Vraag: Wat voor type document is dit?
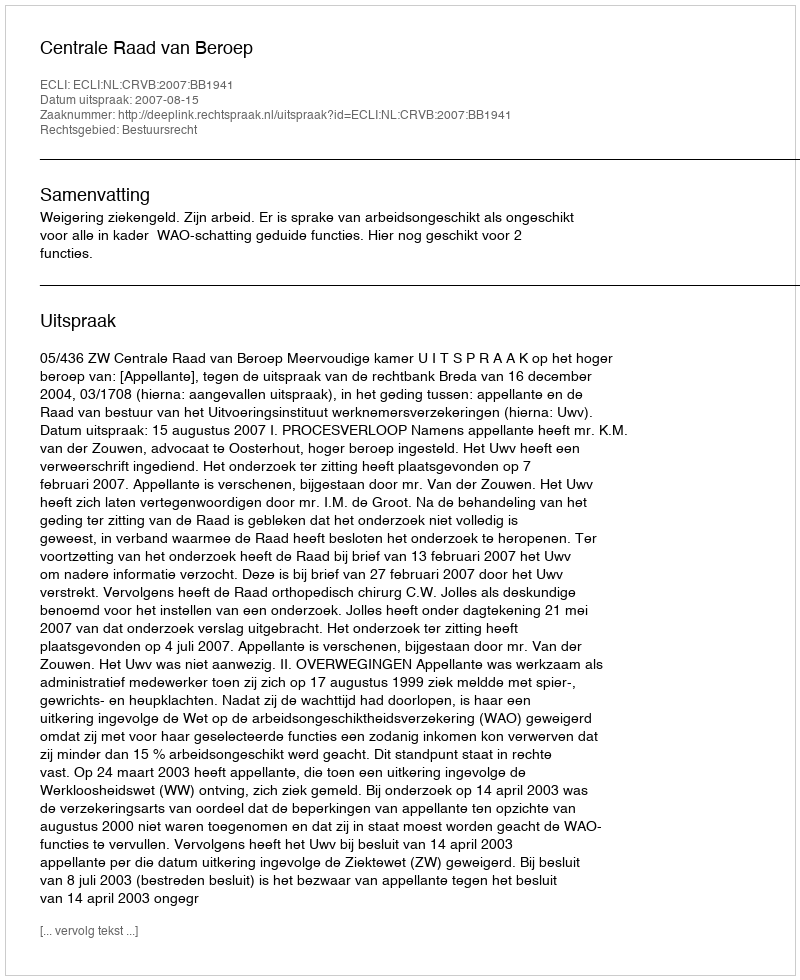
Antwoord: Uitspraak